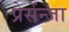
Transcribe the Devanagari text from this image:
प्रेसेंन्जा